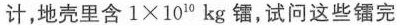
计，地壳里含 $$1×1 0 ^ { 1 0 } k g$$ 镭，试问这些镭完